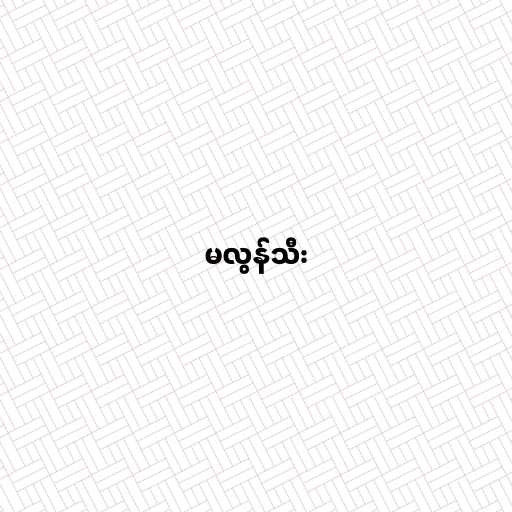
မလွန်သီး